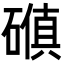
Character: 𪿰